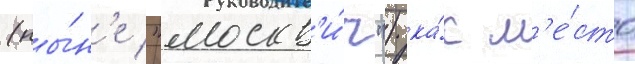
(ны́н'е "москв'и́ч") ка́к м'е́сто